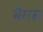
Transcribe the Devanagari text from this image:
बैगस